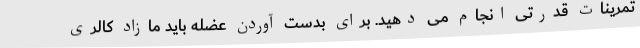
تمرینات قدرتی انجام می دهید. برای بدست آوردن عضله باید مازاد کالری